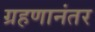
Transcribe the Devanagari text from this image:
ग्रहणानंतर